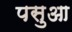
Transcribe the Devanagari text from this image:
पसुआ